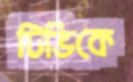
টিভিকে